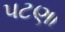
પટણા